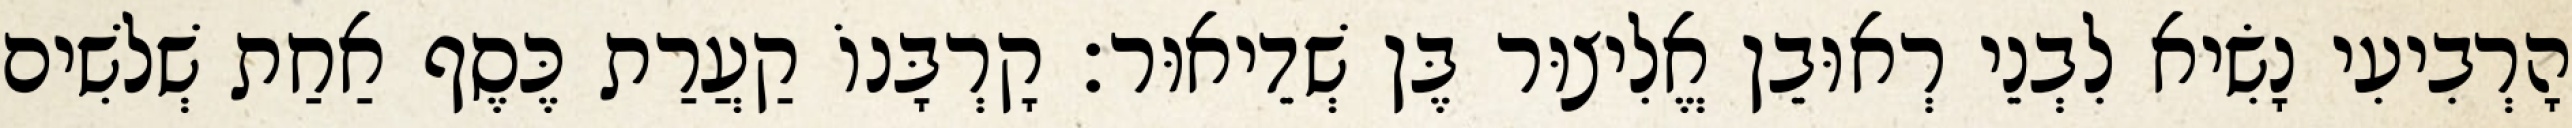
הָרְבִיעִי נָשִׂיא לִבְנֵי רְאוּבֵן אֱלִיצוּר בֶּן שְׁדֵיאוּר׃ קָרְבָּנוֹ קַעֲרַת כֶּסֶף אַחַת שְׁלשִׁים